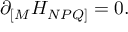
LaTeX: \partial _ { [ M } H _ { N P Q ] } = 0 .